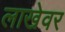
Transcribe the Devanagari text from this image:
लाखेवर